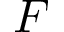
F